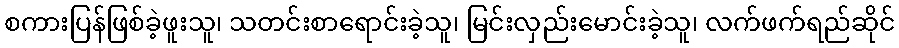
စကားပြန်ဖြစ်ခဲ့ဖူးသူ၊ သတင်းစာရောင်းခဲ့သူ၊ မြင်းလှည်းမောင်းခဲ့သူ၊ လက်ဖက်ရည်ဆိုင်